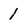
Character: 1